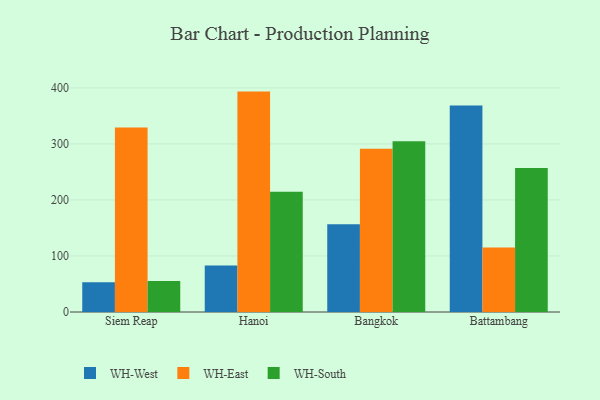
{"axis": {"x": "City", "y": "Customer Acquisition Cost (USD)"}, "legend": ["WH-East", "WH-South", "WH-West"], "data": [{"x": "Siem Reap", "y": 53.2, "type": "WH-West"}, {"x": "Siem Reap", "y": 329.4, "type": "WH-East"}, {"x": "Siem Reap", "y": 55.3, "type": "WH-South"}, {"x": "Hanoi", "y": 82.9, "type": "WH-West"}, {"x": "Hanoi", "y": 393.4, "type": "WH-East"}, {"x": "Hanoi", "y": 214.6, "type": "WH-South"}, {"x": "Bangkok", "y": 156.5, "type": "WH-West"}, {"x": "Bangkok", "y": 291.6, "type": "WH-East"}, {"x": "Bangkok", "y": 304.6, "type": "WH-South"}, {"x": "Battambang", "y": 368.7, "type": "WH-West"}, {"x": "Battambang", "y": 115.3, "type": "WH-East"}, {"x": "Battambang", "y": 257.2, "type": "WH-South"}]}